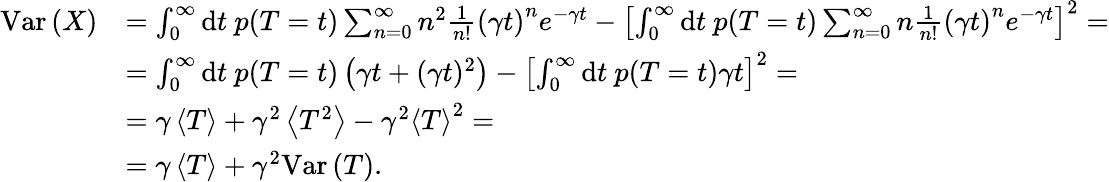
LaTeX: \begin{array}{rl}{\mathrm{Var}\left(X\right)}&{=\int_{0}^{\infty}\mathrm{d}t\ p(T=t)\sum_{n=0}^{\infty}n^{2}\frac{1}{n!}\left(\gamma t\right)^{n}e^{-\gamma t}-\left[\int_{0}^{\infty}\mathrm{d}t\ p(T=t)\sum_{n=0}^{\infty}n\frac{1}{n!}\left(\gamma t\right)^{n}e^{-\gamma t}\right]^{2}=}\\ &{=\int_{0}^{\infty}\mathrm{d}t\ p(T=t)\left(\gamma t+(\gamma t)^{2}\right)-\left[\int_{0}^{\infty}\mathrm{d}t\ p(T=t)\gamma t\right]^{2}=}\\ &{=\gamma\left\langle T\right\rangle+\gamma^{2}\left\langle T^{2}\right\rangle-\gamma^{2}\left\langle T\right\rangle^{2}=}\\ &{=\gamma\left\langle T\right\rangle+\gamma^{2}\mathrm{Var}\left(T\right).}\end{array}